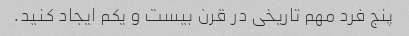
پنج فرد مهم تاریخی در قرن بیست و یکم ایجاد کنید.